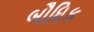
બૌધિક